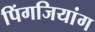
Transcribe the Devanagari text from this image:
पिंगजियांग